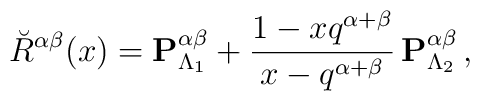
\breve{R}^{\alpha\beta}(x)=  {\bf P}^{\alpha\beta}_{\Lambda_1}  +\frac{1-xq^{\alpha+\beta}}{x-q^{\alpha+\beta}}\,{\bf P}^{\alpha\beta}  _{\Lambda_2}\,,